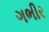
ગભીર